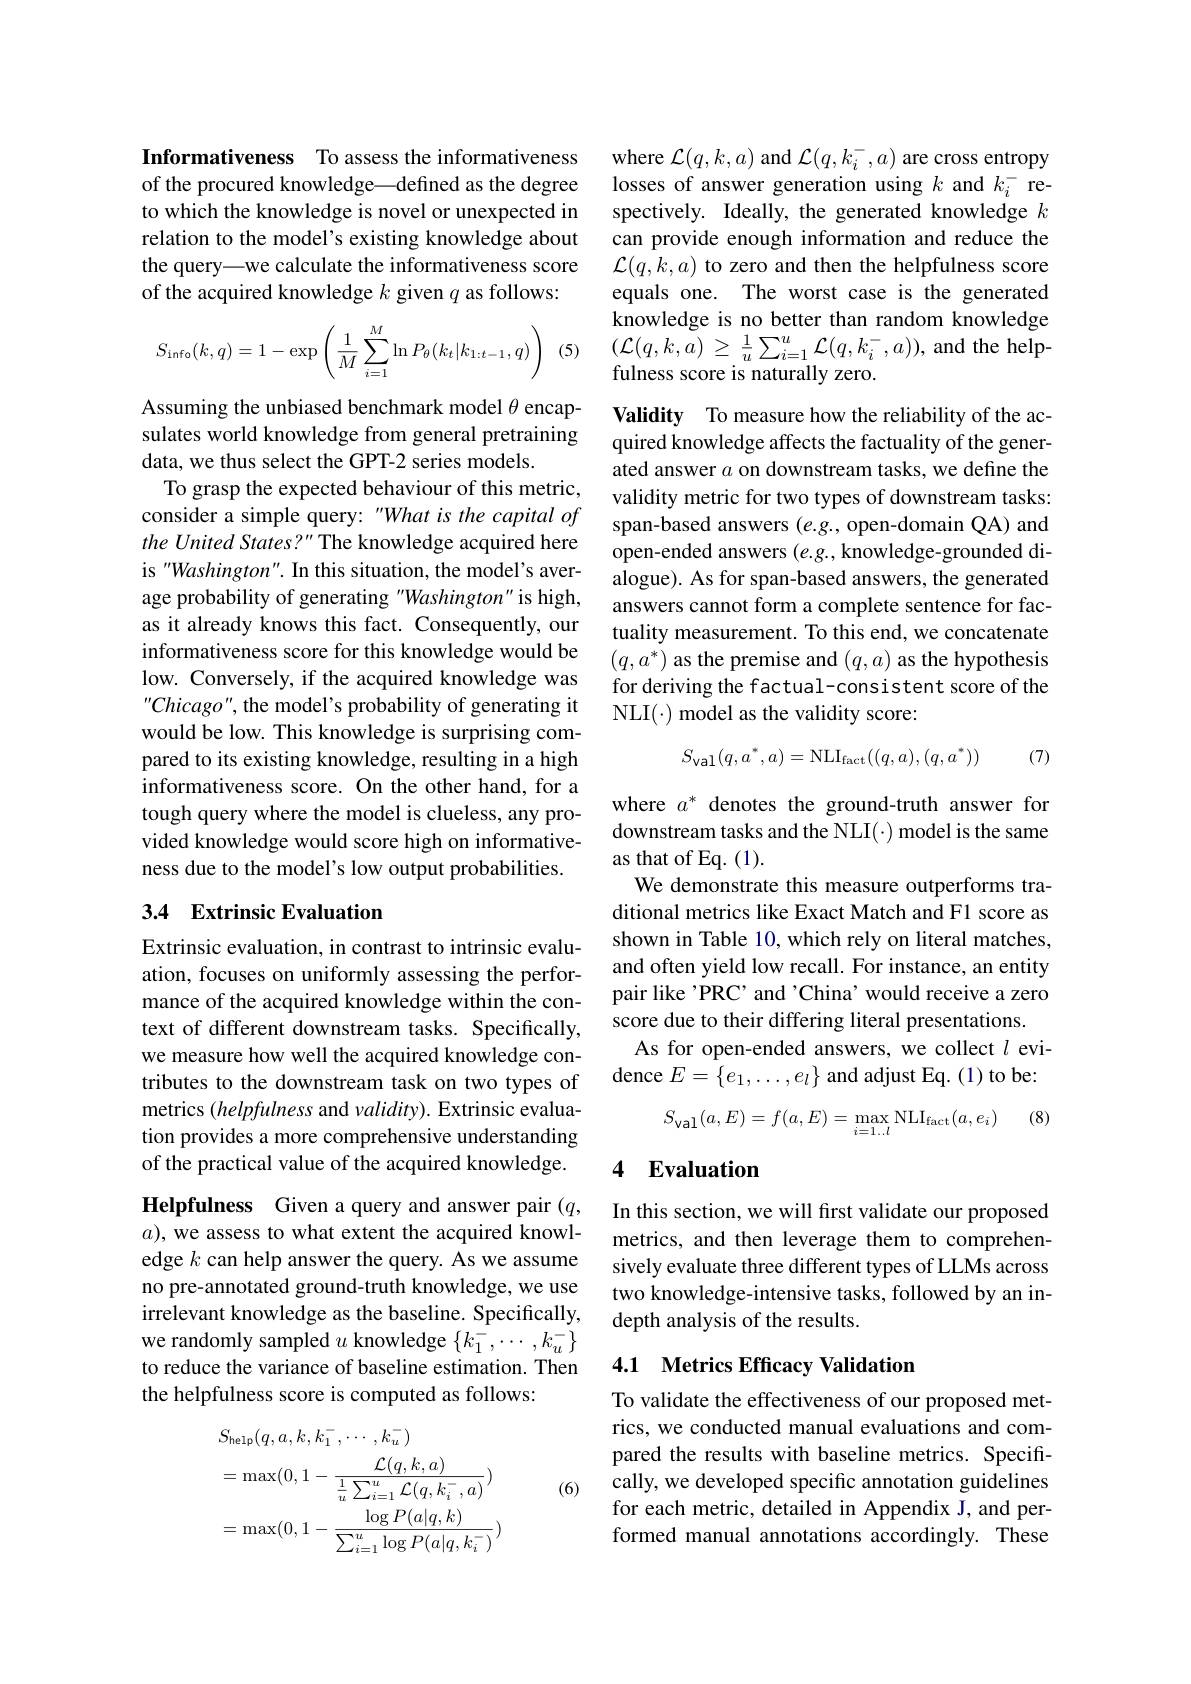
Informativeness To assess the informativeness of the procured knowledge—defined as the degree to which the knowledge is novel or unexpected in relation to the model's existing knowledge about the query—we calculate the informativeness score of the acquired knowledge $k$ given $q$ as follows:

(5)
$$S_{\text{info}}(k,q)=1-\exp\left(\frac{1}{M}\sum_{i=1}^{M}\ln P_{\theta}(k_{t}|k_{1:t-1},q)\right)$$
Assuming the unbiased benchmark model $\theta$ encapsulates world knowledge from general pretraining data, we thus select the GPT-2 series models.
To grasp the expected behaviour of this metric, consider a simple query: "What is the capital of the United States? " The knowledge acquired here is "Washington". In this situation, the model's average probability of generating "Washington" is high, as it already knows this fact. Consequently, our informativeness score for this knowledge would be low. Conversely, if the acquired knowledge was ${}^{\prime\prime}Chicago"$, the model's probability of generating it would be low. This knowledge is surprising compared to its existing knowledge, resulting in a high informativeness score. On the other hand, for a tough query where the model is clueless, any provided knowledge would score high on informativeness due to the model's low output probabilities.

## 3.4 Extrinsic Evaluation

Extrinsic evaluation, in contrast to intrinsic evaluation, focuses on uniformly assessing the performance of the acquired knowledge within the context of different downstream tasks. Specifically, we measure how well the acquired knowledge contributes to the downstream task on two types of metrics (helpfulness and validity). Extrinsic evaluation provides a more comprehensive understanding of the practical value of the acquired knowledge. Helpfulness Given a query and answer pair $(q$, $a)$, we assess to what extent the acquired knowledge $k$ can help answer the query. As we assume no pre-annotated ground-truth knowledge, we use irrelevant knowledge as the baseline. Specifically, we randomly sampled $u$ knowledge $\{k_1^-,\cdots,k_u^-\}$ to reduce the variance of baseline estimation. Then the helpfulness score is computed as follows:

(6)
$$\begin{aligned}&S_{\mathrm{help}}(q,a,k,k_{1}^{-},\cdots,k_{u}^{-})\\&=\max(0,1-\frac{\mathcal{L}(q,k,a)}{\frac1u\sum_{i=1}^u\mathcal{L}(q,k_i^-,a)})\\&=\max(0,1-\frac{\log P(a|q,k)}{\sum_{i=1}^u\log P(a|q,k_i^-)})\end{aligned}$$
where $\mathcal{L}(q,k,a)$ and $\mathcal{L}(q,k_i^-,a)$ are cross entropy losses of answer generation using $k$ and $k_i^-$ respectively. Ideally, the generated knowledge $k$ can provide enough information and reduce the $\mathcal{L}(q,k,a)$ to zero and then the helpfulness score equals one. The worst case is the generated knowledge is no better than random knowledge $( \mathcal{L} ( q, k, \bar{a} )$ $\geq$ $\frac 1u\sum _{i= 1}^{u}\mathcal{L} ( q, k_{i}^{- }, a) ) $,and the helpfulness score is naturally zero.

Validity To measure how the reliability of the acquired knowledge affects the factuality of the generated answer $a$ on downstream tasks, we define the validity metric for two types of downstream tasks: span-based answers $(e.g.$, open-domain QA) and open-ended answers $(e.g.$, knowledge-grounded dialogue). As for span-based answers, the generated answers cannot form a complete sentence for factuality measurement. To this end, we concatenate $(q,a^{*})$ as the premise and $(q,a)$ as the hypothesis for deriving the factual-consistent score of the $NLI(\cdot) model as the validity score:$
$$S_{\text{val}}(q,a^*,a)=\text{NLI}_{\text{fact}}((q,a),(q,a^*))\quad(7)$$
where $a^*$ denotes the ground-truth answer for downstream tasks and the NLI(·) model is the same as that of Eq. (1).
We demonstrate this measure outperforms traditional metrics like Exact Match and F1 score as shown in Table 10, which rely on literal matches, and often yield low recall. For instance, an entity pair like 'PRC' and 'China' would receive a zero score due to their differing literal presentations.
As for open-ended answers, we collect $l$ evidence $E=\{e_1,\ldots,e_l\}$ and adjust Eq.(1)to be:
(8)
$$S_{\text{val}}(a,E)=f(a,E)=\max_{i=1..l}\mathrm{NLI}_{\mathrm{fact}}(a,e_i)$$
## 4 Evaluation

In this section, we will first validate our proposed metrics, and then leverage them to comprehensively evaluate three different types of LLMs across two knowledge-intensive tasks, followed by an indepth analysis of the results.

## 4.1 Metrics Efficacy Validation

To validate the effectiveness of our proposed metrics, we conducted manual evaluations and compared the results with baseline metrics. Specifically, we developed specific annotation guidelines for each metric, detailed in Appendix J, and performed manual annotations accordingly. These